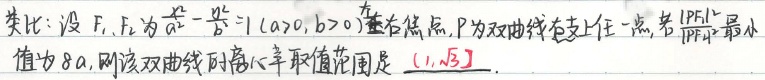
类比：设\(F_1,F_2\)为\(\frac{x^{2}}{a^{2}} - \frac{y^{2}}{b^{2}} = 1\ (a>0,b>0)\)的左右焦点，\(P\)为双曲线右支上任一点，若\(\vert PF_1\vert^{2}\)最小值为\(8a\)，则该双曲线的离心率取值范围是\((1,\sqrt{3}]\)。